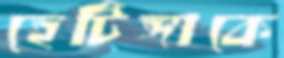
হেটিঙ্গাকে